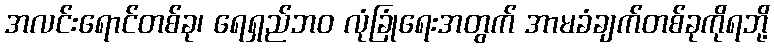
အလင်းရောင်တစ်ခု၊ ရေရှည်ဘဝ လုံခြုံရေးအတွက် အာမခံချက်တစ်ခုကိုရဘို့